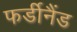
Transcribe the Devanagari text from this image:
फर्डीनैंड